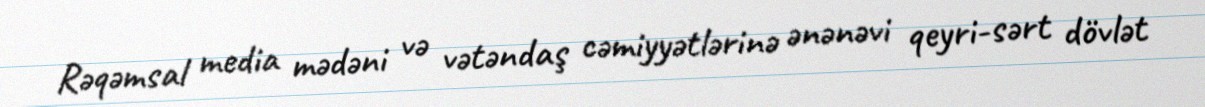
Rəqəmsal media mədəni və vətəndaş cəmiyyətlərinə ənənəvi qeyri-sərt dövlət